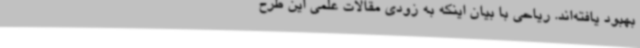
بهبود یافته‌اند. ریاحی با بیان اینکه به زودی مقالات علمی این طرح